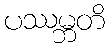
ပဿမ္ဘတိ